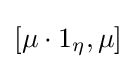
[\mu \cdot 1_{\eta },\mu ]